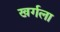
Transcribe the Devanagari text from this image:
खर्गला